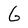
Character: G